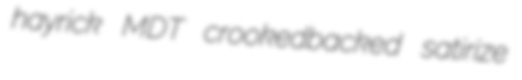
hayrick MDT crookedbacked satirize